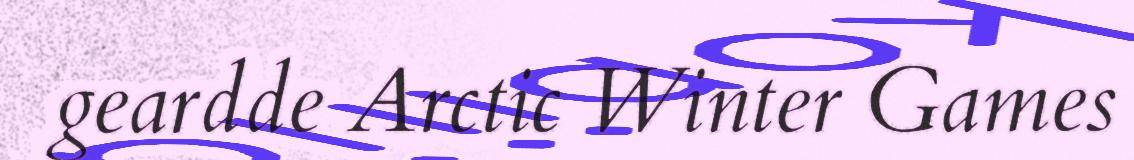
geardde Arctic Winter Games